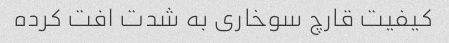
کیفیت قارچ سوخاری به شدت افت کرده